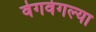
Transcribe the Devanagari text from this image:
वेगवेगल्या